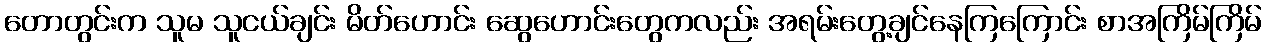
တောတွင်းက သူမ သူငယ်ချင်း မိတ်ဟောင်း ဆွေဟောင်းတွေကလည်း အရမ်းတွေ့ချင်နေကြကြောင်း စာအကြိမ်ကြိမ်